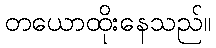
တယောထိုးနေသည်။